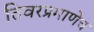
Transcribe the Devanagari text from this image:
तिवरप्रमाणेच